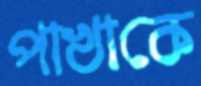
পাখাকে